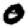
Digit: 0